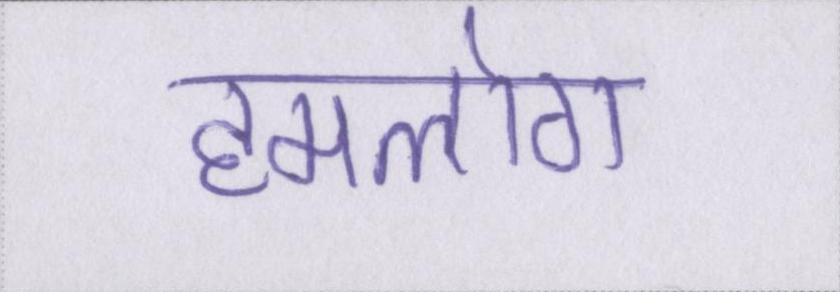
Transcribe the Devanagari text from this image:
हमलोग